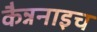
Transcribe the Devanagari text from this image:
कैन्ननाइच